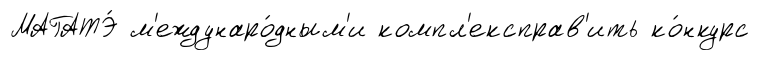
МАГАТЭ́ м'еждунаро́дным'и компл'експрав'ить ко́нкурс